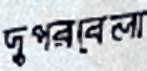
দুপরবেলা